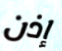
إذن